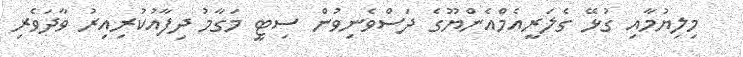
މިލިޔުމާއި ގުޅޭ ގެލަރީއެމްއެންޔޫގެ ދަސްވެނިވުން ސިޓީ މަގާމު ދިފާއުކުރިއިރު ވާދަވެރި